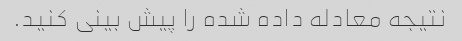
نتیجه معادله داده شده را پیش بینی کنید.